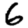
Digit: 6